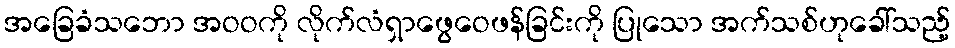
အခြေခံသဘော အဝဝကို လိုက်လံရှာဖွေဝေဖန်ခြင်းကို ပြုသော အက်သစ်ဟုခေါ်သည့်